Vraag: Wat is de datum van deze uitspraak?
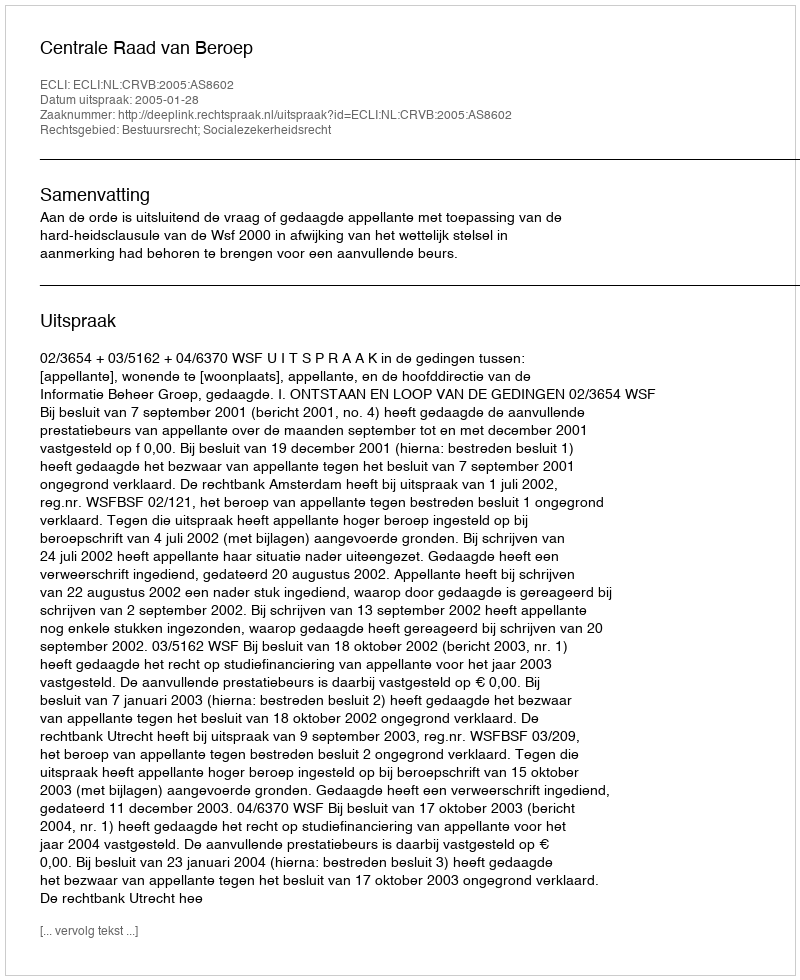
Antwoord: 2005-01-28